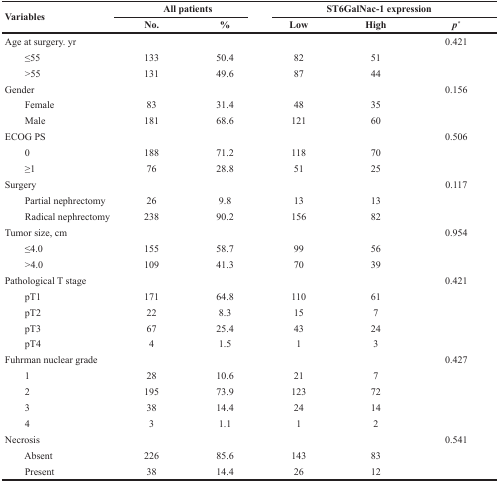
| <ROWSPAN=2> Variables | <COLSPAN=2> All patients | <COLSPAN=3> ST6GalNac-1 expression |
 | No. | % | Low | High | p* |
 | --- | --- | --- | --- | --- | --- |
 | Age at surgery. yr |  |  |  |  | 0.421 |
 | ≤55 | 133 | 50.4 | 82 | 51 |  |
 | >55 | 131 | 49.6 | 87 | 44 |  |
 | Gender |  |  |  |  | 0.156 |
 | Female | 83 | 31.4 | 48 | 35 |  |
 | Male | 181 | 68.6 | 121 | 60 |  |
 | ECOG PS |  |  |  |  | 0.506 |
 | 0 | 188 | 71.2 | 118 | 70 |  |
 | ≥1 | 76 | 28.8 | 51 | 25 |  |
 | Surgery |  |  |  |  | 0.117 |
 | Partial nephrectomy | 26 | 9.8 | 13 | 13 |  |
 | Radical nephrectomy | 238 | 90.2 | 156 | 82 |  |
 | Tumor size, cm |  |  |  |  | 0.954 |
 | ≤4.0 | 155 | 58.7 | 99 | 56 |  |
 | >4.0 | 109 | 41.3 | 70 | 39 |  |
 | Pathological T stage |  |  |  |  | 0.421 |
 | pT1 | 171 | 64.8 | 110 | 61 |  |
 | pT2 | 22 | 8.3 | 15 | 7 |  |
 | pT3 | 67 | 25.4 | 43 | 24 |  |
 | pT4 | 4 | 1.5 | 1 | 3 |  |
 | Fuhrman nuclear grade |  |  |  |  | 0.427 |
 | 1 | 28 | 10.6 | 21 | 7 |  |
 | 2 | 195 | 73.9 | 123 | 72 |  |
 | 3 | 38 | 14.4 | 24 | 14 |  |
 | 4 | 3 | 1.1 | 1 | 2 |  |
 | Necrosis |  |  |  |  | 0.541 |
 | Absent | 226 | 85.6 | 143 | 83 |  |
 | Present | 38 | 14.4 | 26 | 12 |  |